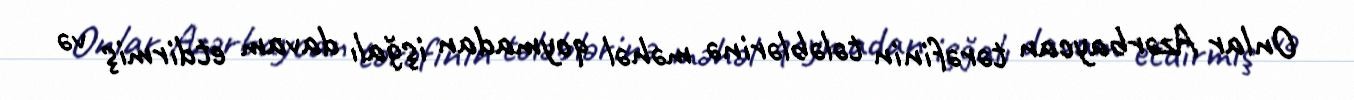
Onlar Azərbaycan tərəfinin tələblərinə məhəl qoymadan işğalı davam etdirmiş və